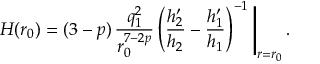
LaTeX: H ( r _ { 0 } ) = ( 3 - p ) \, \frac { q _ { 1 } ^ { 2 } } { r _ { 0 } ^ { 7 - 2 p } } \left( \frac { h _ { 2 } ^ { \prime } } { h _ { 2 } } - \frac { h _ { 1 } ^ { \prime } } { h _ { 1 } } \right) ^ { - 1 } \Bigg \vert _ { r = r _ { 0 } } \, .